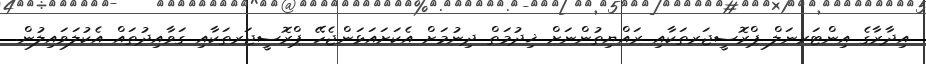
އިދާރާގެ އިންޓަރނަލް ޕްރޮސީޖަރތަކާއި ރައްޔިތުންނަށް ޚިދުމަތް ދިނުމަށް އެކަށައަޅަންޖެހޭ ޕްރޮސީޖަރތަކާއި ގަވާއިދުތައް އެކުލަވައިލުން.